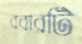
রবারটি